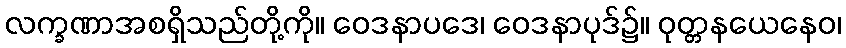
လက္ခဏာအစရှိသည်တို့ကို။ ဝေဒနာပဒေ၊ ဝေဒနာပုဒ်၌။ ဝုတ္တနယေနေဝ၊